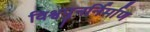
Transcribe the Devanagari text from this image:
विश्वपुनर्निर्माण